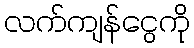
လက်ကျန်ငွေကို